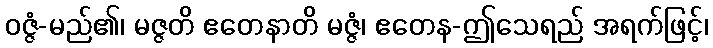
ဝဇ္ဇံ-မည်၏၊ မဇ္ဇတိ ဧတေနာတိ မဇ္ဇံ၊ ဧတေန-ဤသေရည် အရက်ဖြင့်၊